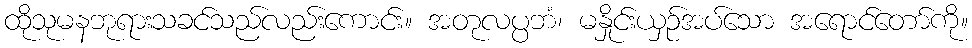
ထိုသုမနဘုရားသခင်သည်လည်းကောင်း။ အတုလပ္ပဘံ၊ မနှိုင်းယှဉ်အပ်သော အရောင်တော်ကို။